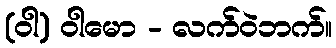
(ဝါ) ဝါမော - လက်ဝဲဘက်။